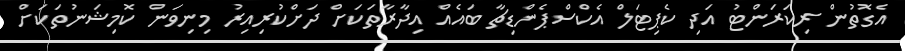
އެގޮތުން ރިކަރަންޓު އަދި ކެޕިޓަލް އެކްސްޕެންޑިޗާ ބައެއް އިދާރާތަކަށް ދަށްކުރިއިރު މިނިވަން ކޮމިޝަނުތަކަށް